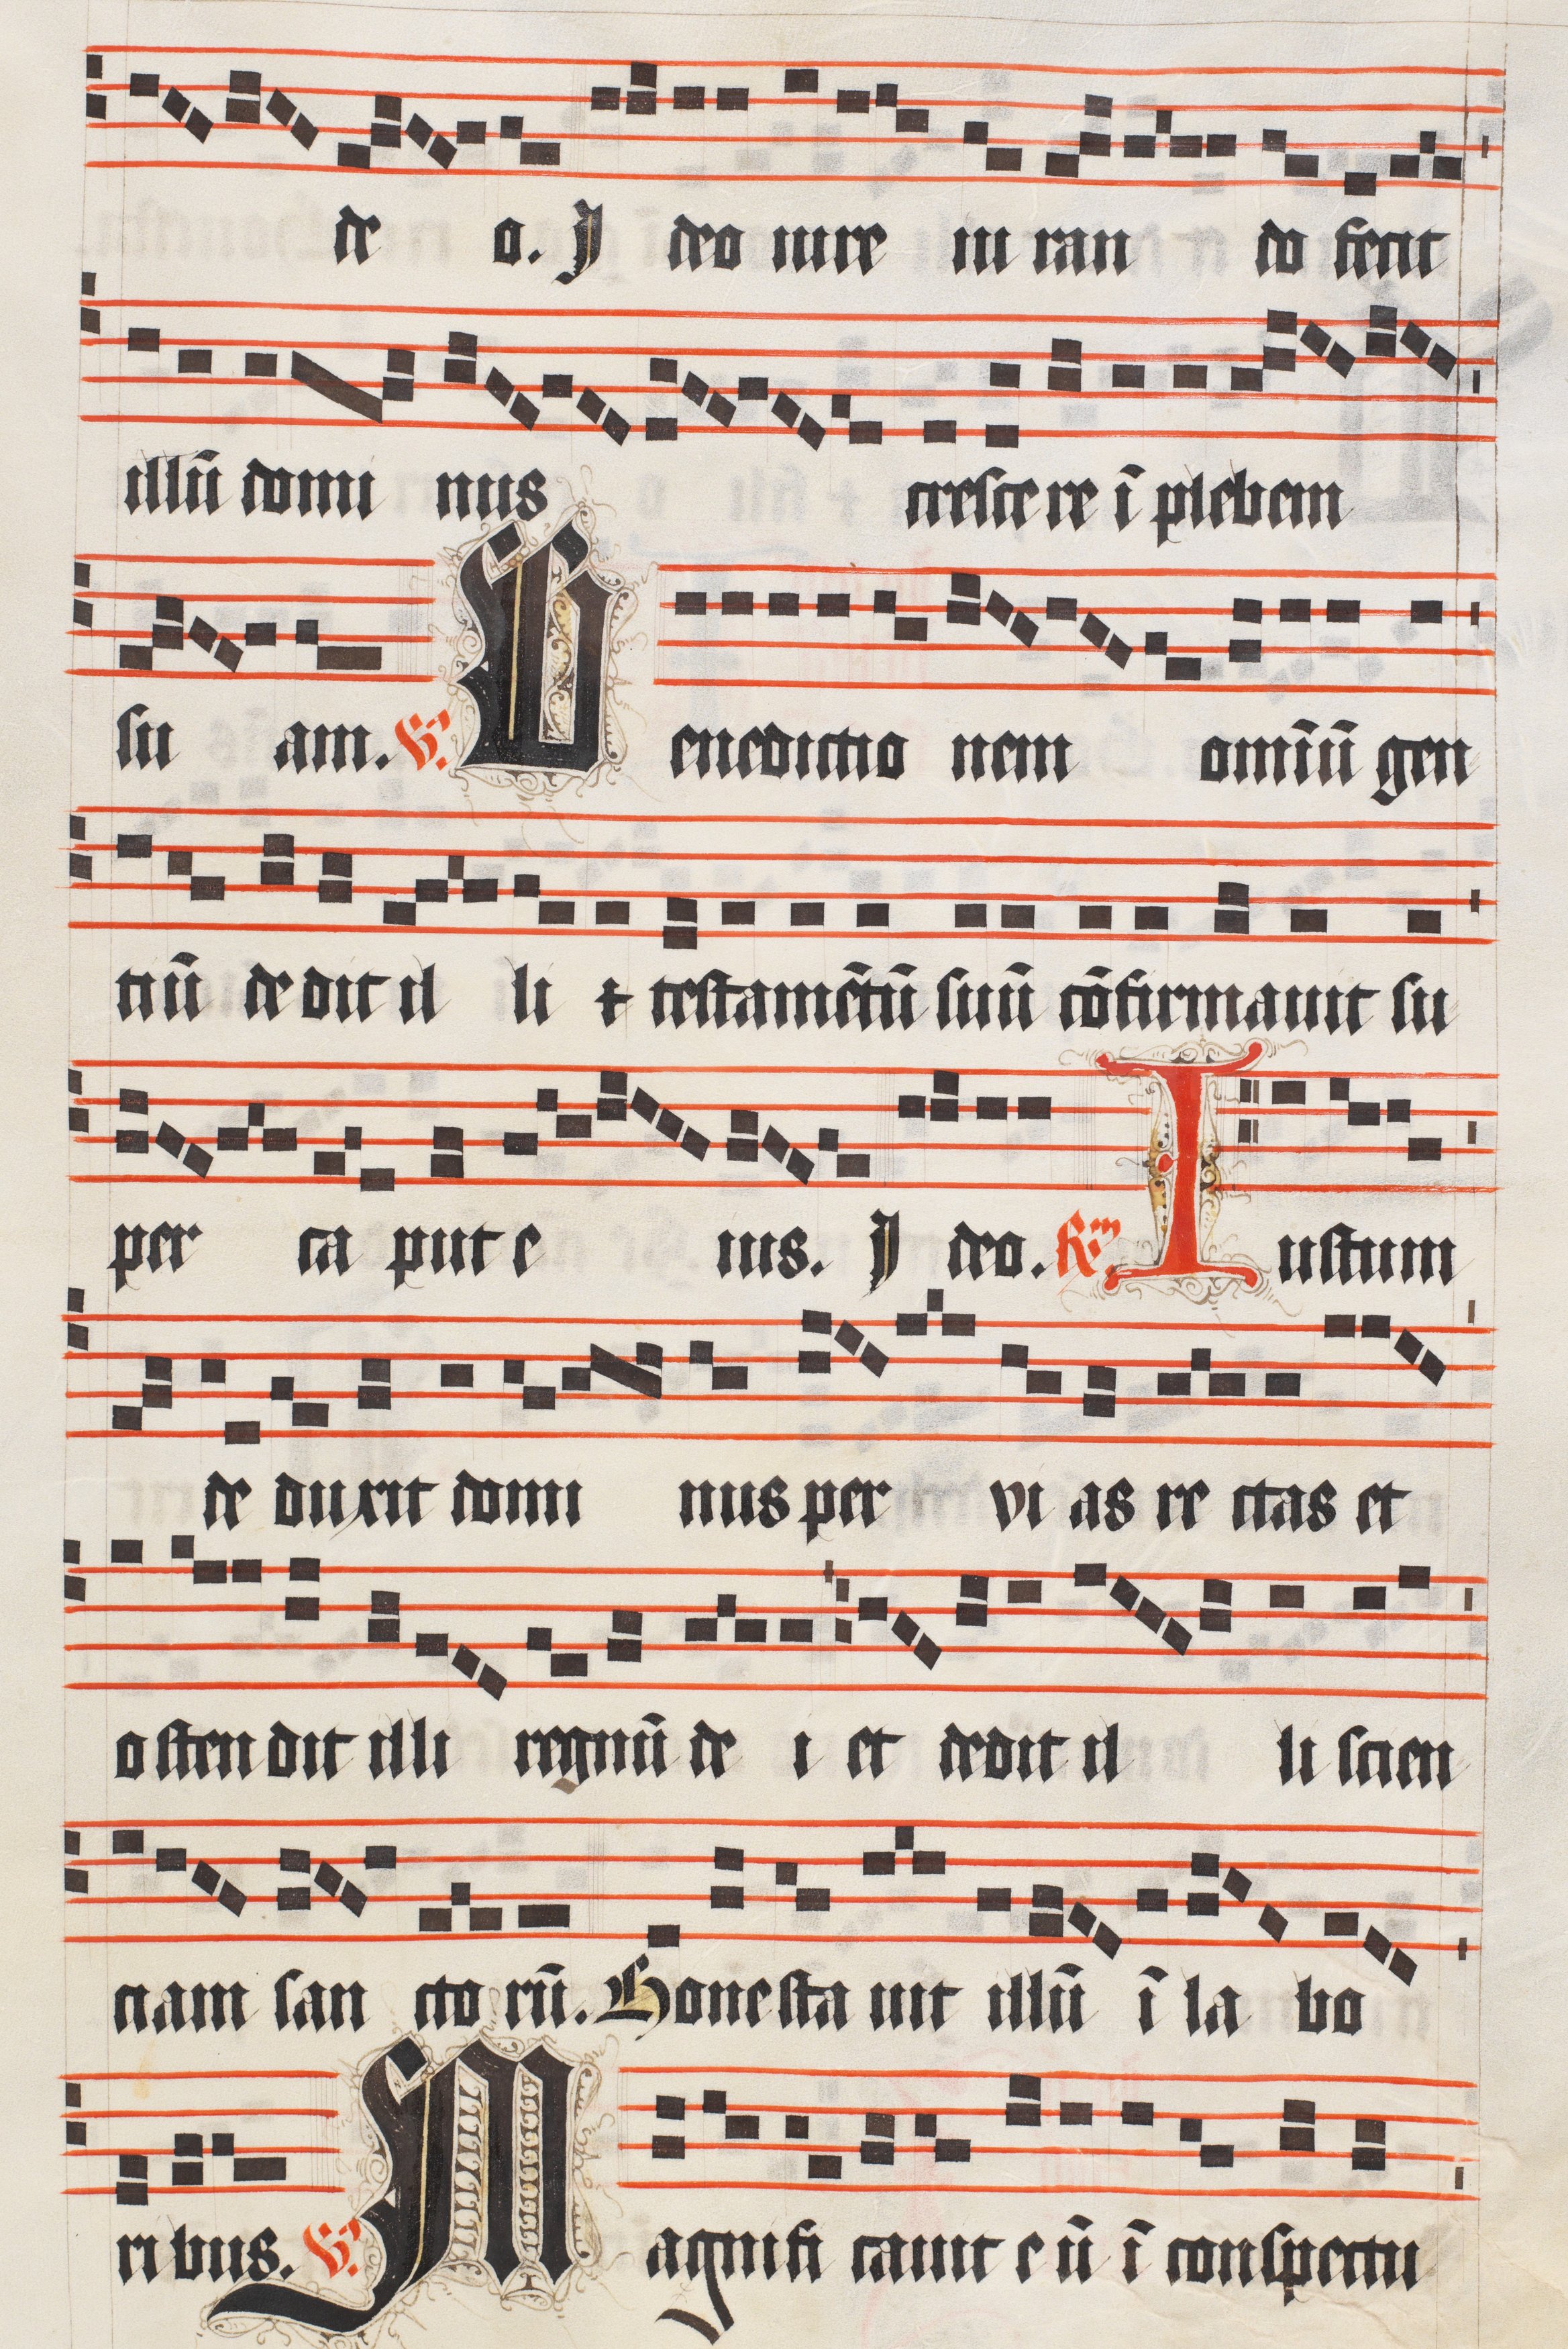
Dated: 1509–1517